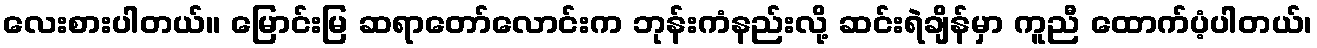
လေးစားပါတယ်။ မြောင်းမြ ဆရာတော်လောင်းက ဘုန်းကံနည်းလို့ ဆင်းရဲချိန်မှာ ကူညီ ထောက်ပံ့ပါတယ်၊